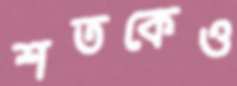
শতকেও